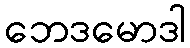
ဘေဒမောဒါ